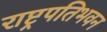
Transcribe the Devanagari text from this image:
राष्ट्रपतिभवन